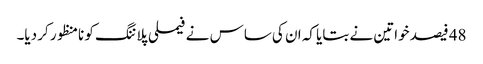
48 فیصد خواتین نے بتایا کہ ان کی ساس نے فیملی پلاننگ کو نامنظور کر دیا۔